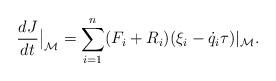
LaTeX: \begin{align*}\frac{dJ}{dt}\big\vert_\mathcal M=\sum_{i=1}^n (F_i+R_i)(\xi_i-\dot q_i\tau)\vert_\mathcal M.\end{align*}